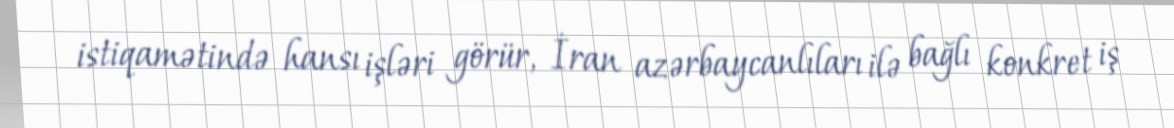
istiqamətində hansı işləri görür, İran azərbaycanlıları ilə bağlı konkret iş